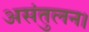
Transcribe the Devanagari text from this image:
असंतुलन।